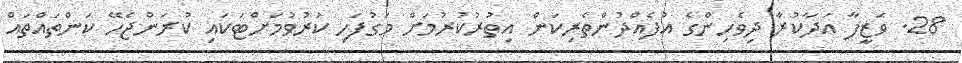
28. ވަޒީފާ އަދާކުރާ ދިވެހިންގެ އުފެއްދުންތެރިކަން އިތުރުކުރުމަށް މަގުފަހި ކުރުވުމަށްޓަކައި ކުރަންޖެހޭ ކަންތައްތައް